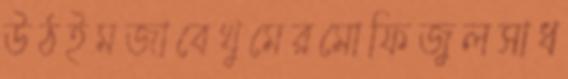
উঠইমজাবেখুমেরমোফিজুলসাধ